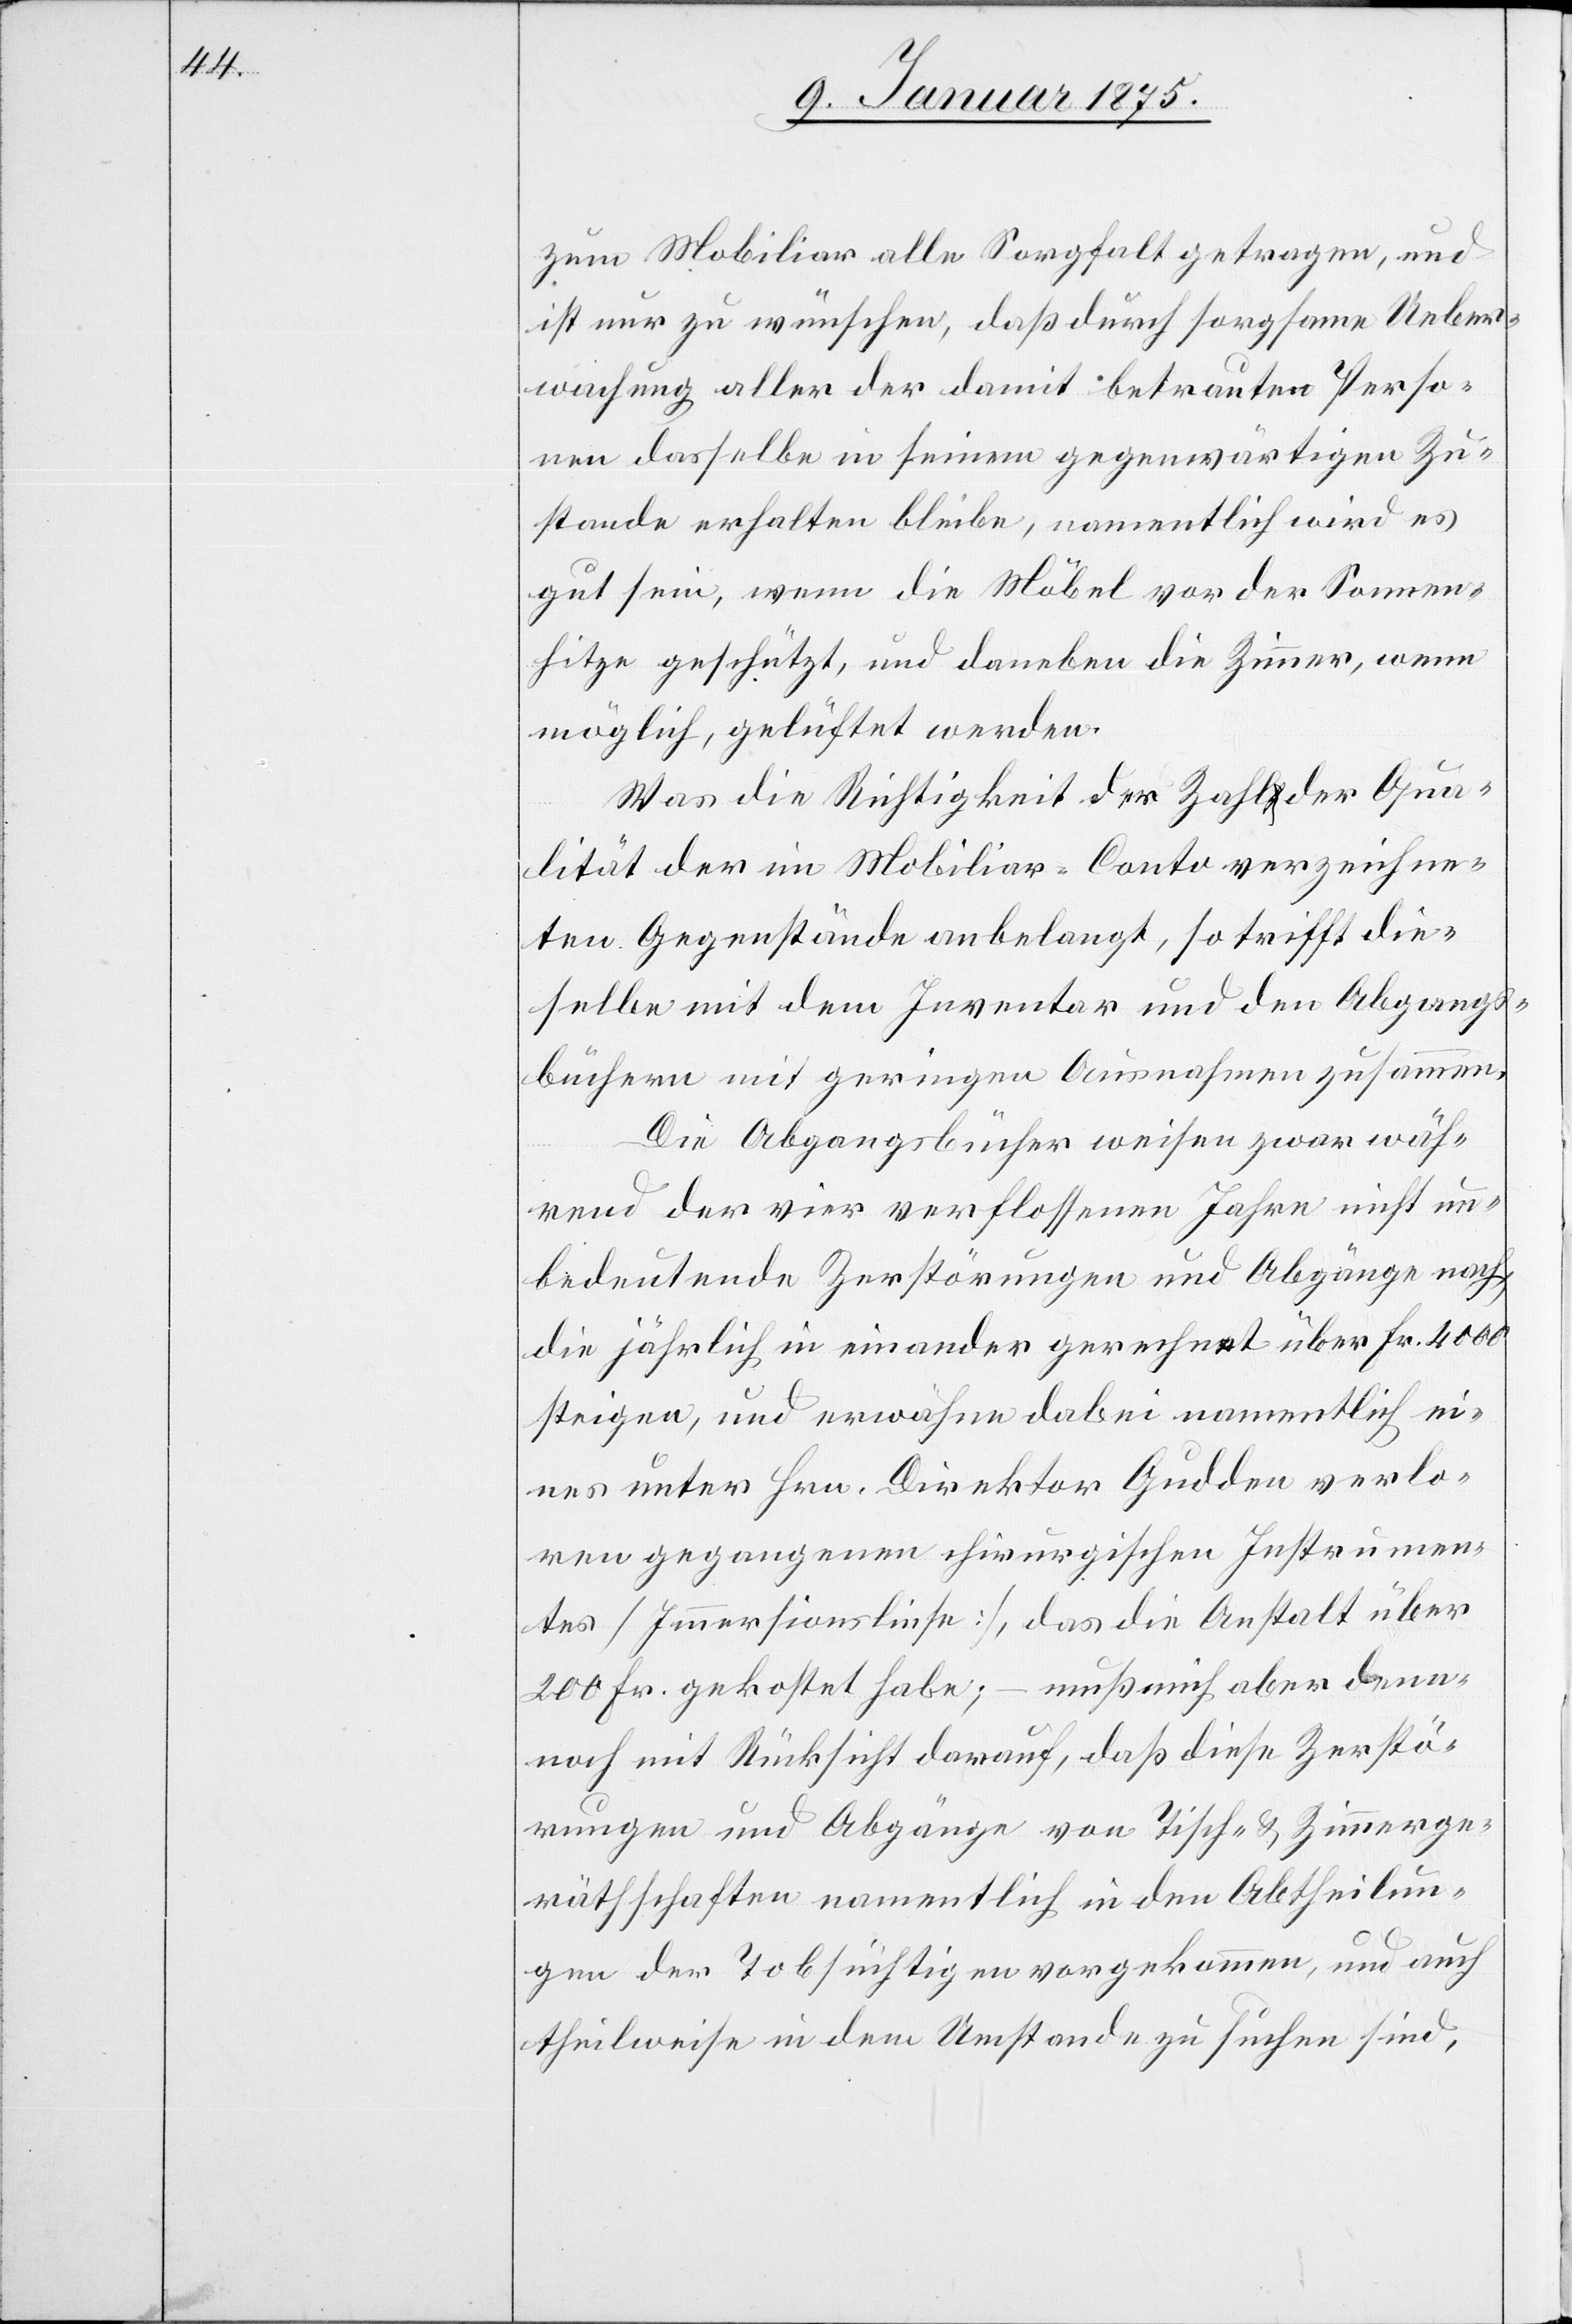
zum Mobiliar alle Sorgfalt getragen, und
ist nur zu wünschen, daß durch sorgsame Ueber¬
wachung alle der damit betrauten Perso¬
nen dasselbe in seinem gegenwärtigen Zu¬
stande erhalten bleibe, namentlich wird es
gut sein, wenn die Möbel vor der Sommers¬
hitze geschützt und daneben die Zimmer, wenn
möglich, gelüftet werden.
Was die Richtigkeit der Zahl der Qua¬
lität der im Mobiliar-Conto verzeichne¬
ten Gegenstände anbelangt, so trifft die¬
selbe mit dem Inventar und den Abgangs¬
büchern mit geringen Ausnahmen zusammen.
Die Abgangsbücher weisen zwar wäh¬
rend der vier verflossenen Jahre nicht un¬
bedeutende Zerstörungen und Abgänge nach,
die jährlich in einander gerechnet über Fr. 4000
steige, und erwähne dabei namentlich ei¬
nes unter Hrn. Direktor Gudden verlo¬
ren gegangenen chirurgischen Instrumen¬
tes (Immersionslinse), das die Anstalt über
200 Fr. gekostet habe; – muß auch aber den¬
noch mit Rücksicht darauf, daß diese Zerstö¬
rungen und Abgänge von Tisch- & Zimmerge¬
räthschaften namentlich in den Abtheilun¬
gen der Tobsüchtigen vorgekommen, und auch
theilweise in dem Umstande zu suchen sind,